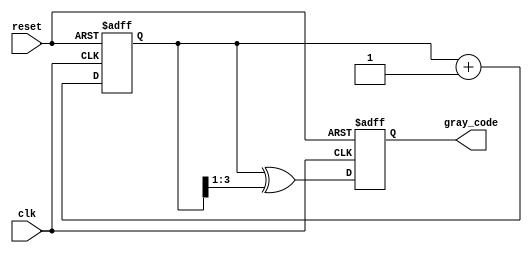
module gray_code_counter #(
    parameter N = 4 // Parameter for the bit width of the counter
)(
    input wire clk,
    input wire reset,
    output reg [N-1:0] gray_code
);

// Internal binary counter
reg [N-1:0] binary_count;
reg [N-1:0] next_binary_count;

// Binary to Gray code conversion function
function [N-1:0] binary_to_gray;
    input [N-1:0] binary;
    begin
        binary_to_gray = binary ^ (binary >> 1);
    end
endfunction

// Sequential logic for counter
always @(posedge clk or posedge reset) begin
    if (reset) begin
        binary_count <= 0;
        gray_code <= 0;
    end else begin
        // Increment the binary counter
        next_binary_count = binary_count + 1;
        binary_count <= next_binary_count;

        // Convert binary count to Gray code
        gray_code <= binary_to_gray(binary_count);
    end
end

endmodule